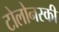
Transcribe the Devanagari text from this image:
टोलोनस्की